Report on vaccination North-West Frontier Province 1904-1922 - 1904-1922
Year: 1904
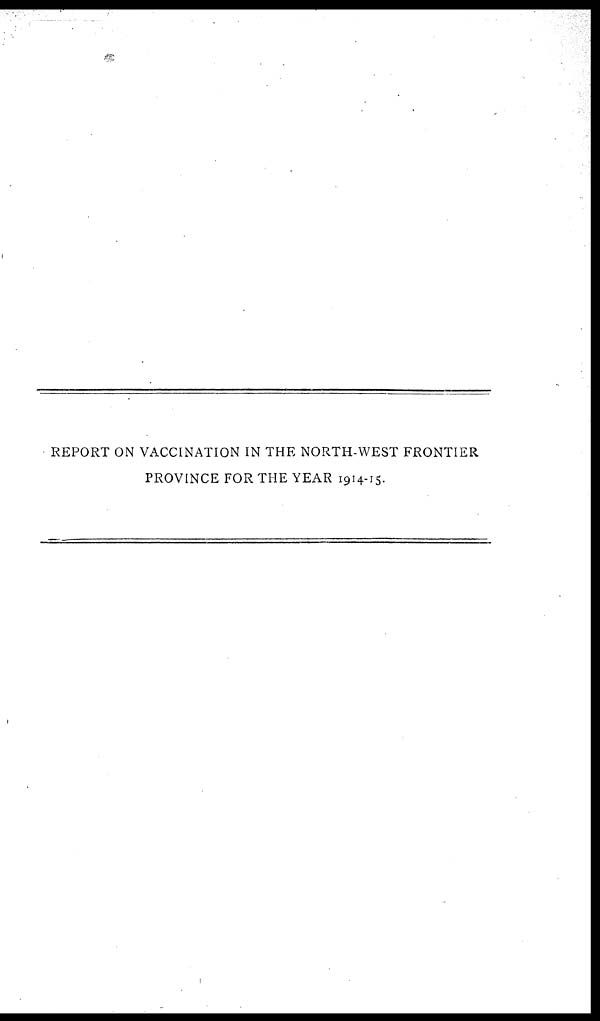
REPORT ON VACCINATION IN THE NORTH-WEST FRONTIER
PROVINCE FOR THE YEAR 1914-15.